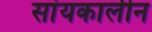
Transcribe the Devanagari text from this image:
सांयकालीन